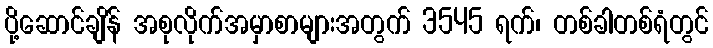
ပို့ဆောင်ချိန် အစုလိုက်အမှာစာများအတွက် 3545 ရက်၊ တစ်ခါတစ်ရံတွင်